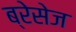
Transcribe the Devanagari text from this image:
ब्रेसेज